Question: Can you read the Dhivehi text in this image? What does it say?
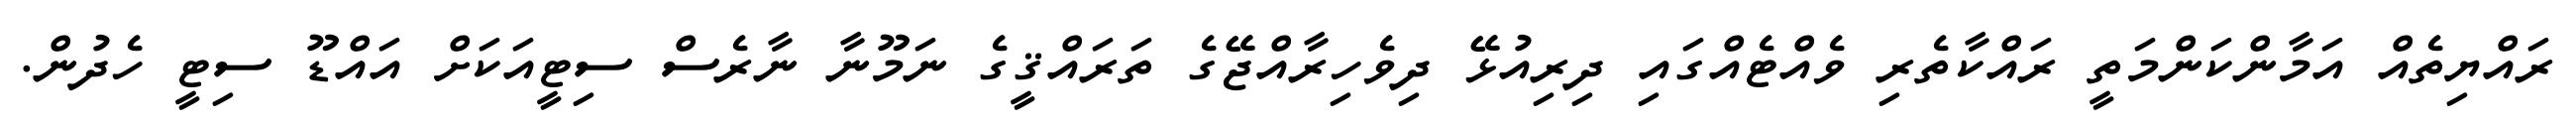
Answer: ރައްޔިތެއް އަމާންކަންމަތީ ރައްކާތެރި ވެއްޓެއްގައި ދިރިއުޅޭ ދިވެހިރާއްޖޭގެ ތަރައްޤީގެ ނަމޫނާ ނާރެސް ސިޓީއަކަށް އައްޑޫ ސިޓީ ހެދުން.